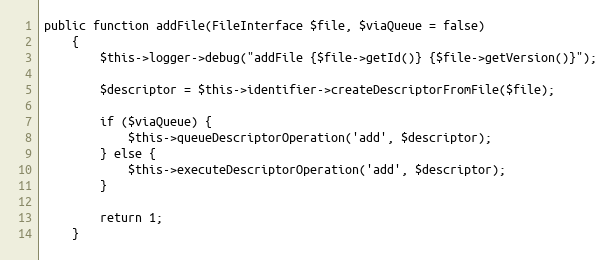
Language: PHP
public function addFile(FileInterface $file, $viaQueue = false)
    {
        $this->logger->debug("addFile {$file->getId()} {$file->getVersion()}");

        $descriptor = $this->identifier->createDescriptorFromFile($file);

        if ($viaQueue) {
            $this->queueDescriptorOperation('add', $descriptor);
        } else {
            $this->executeDescriptorOperation('add', $descriptor);
        }

        return 1;
    }